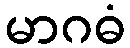
မာဂဓံ